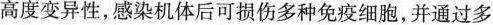
高度变异性，感染机体后可损伤多种免疫细胞，并通过多